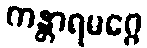
ကန္တာရမဂ္ဂေ